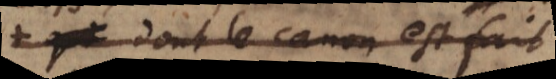
dont le canon est fait